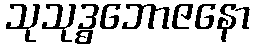
သုသုဒ္ဓဘောဇနော